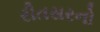
રીતસરનો